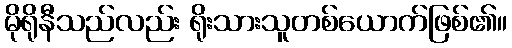
မိုရိုနီသည်လည်း ရိုးသားသူတစ်ယောက်ဖြစ်၏။